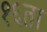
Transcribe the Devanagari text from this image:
१६ता